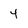
Character: 4